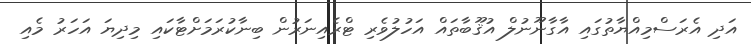
އަދި އެރަސްމިއްޔާތުގައި އާގާނޫނުލް އުޤޫބާތައް އަހުލުވެރި ޓްރެއިނަރުން ބިނާކުރަމަށްޓާކައި މިދިޔަ އަހަރު މެއި